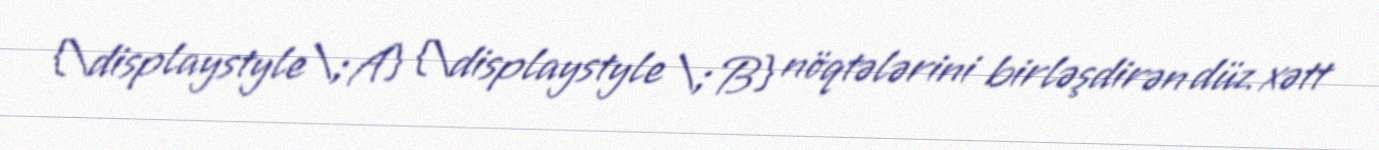
{\displaystyle \;A} {\displaystyle \;B} nöqtələrini birləşdirən düz xətt